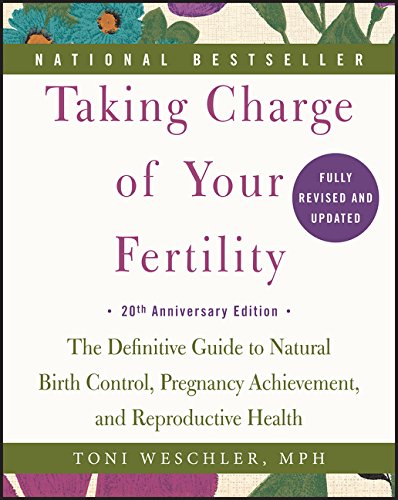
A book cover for Taking Charge of Your Fertility, 20th Anniversary Edition: The Definitive Guide to Natural Birth Control, Pregnancy Achievement, and Reproductive Health; Toni Weschler; Parenting & Relationships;